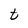
Character: t